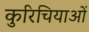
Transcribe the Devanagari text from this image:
कुरिचियाओं